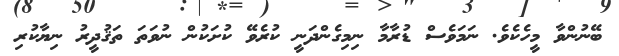
ބޭނުންވާ މީހެކެވެ. ނަމަވެސް ޑުރާމާ ނިމިގެންދަނީ ކުރެވޭ ކުށަކުން ނުވަތަ ތަޤުދީރު ނިޔާކުރި